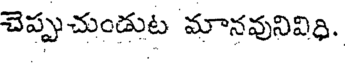
చెప్పుచుండుట మానవునివిధి.